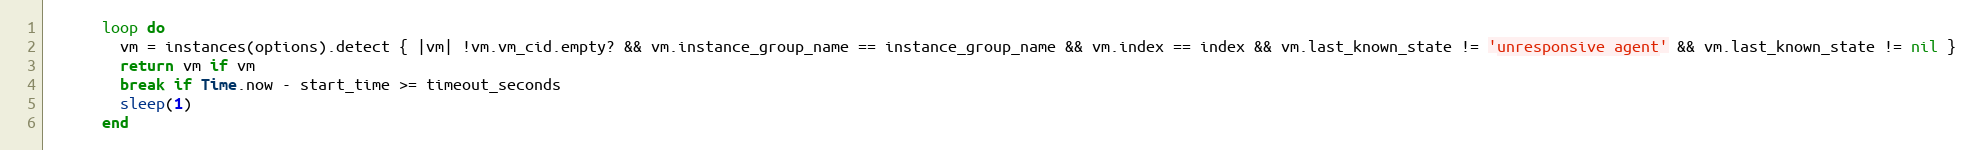
Language: Ruby
      loop do
        vm = instances(options).detect { |vm| !vm.vm_cid.empty? && vm.instance_group_name == instance_group_name && vm.index == index && vm.last_known_state != 'unresponsive agent' && vm.last_known_state != nil }
        return vm if vm
        break if Time.now - start_time >= timeout_seconds
        sleep(1)
      end